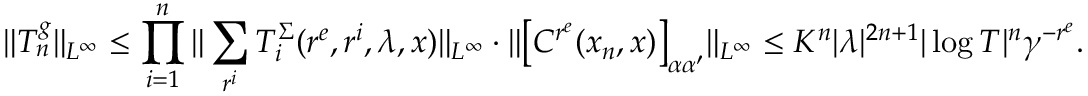
\Vert T _ { n } ^ { g } \Vert _ { L ^ { \infty } } \le \prod _ { i = 1 } ^ { n } \Vert \sum _ { r ^ { i } } T _ { i } ^ { \Sigma } ( r ^ { e } , r ^ { i } , \lambda , x ) \Vert _ { L ^ { \infty } } \cdot \Vert \big [ C ^ { r ^ { e } } ( x _ { n } , x ) \big ] _ { \alpha \alpha ^ { \prime } } \Vert _ { L ^ { \infty } } \le K ^ { n } | \lambda | ^ { 2 n + 1 } | \log T | ^ { n } \gamma ^ { - r ^ { e } } .